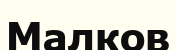
Малков